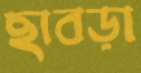
ছাবড়া